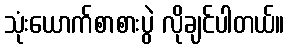
သုံးယောက်စာစားပွဲ လိုချင်ပါတယ်။